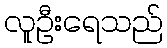
လူဦးရေသည်